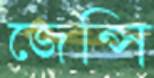
জেন্সি